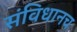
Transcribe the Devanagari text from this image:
संविधानच